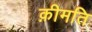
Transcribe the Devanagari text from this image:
क़ीमति